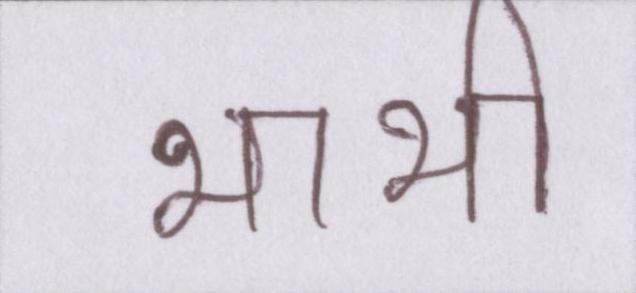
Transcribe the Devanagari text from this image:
भाभी